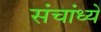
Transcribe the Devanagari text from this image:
संचांध्ये